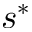
s ^ { * }